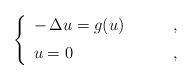
LaTeX: \begin{align*} \left\{\begin{array}{ll}- \, \Delta u = g(u)& \qquad \,, \\\noalign{\medskip}u=0& \qquad \,,\end{array}\right.\end{align*}